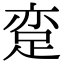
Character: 𨀶